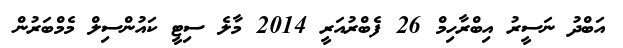
އަބްދު ނަސީރު އިބްރާހިމް 26 ފެބްރުއަރީ 2014 މާލެ ސިޓީ ކައުންސިލް މެމްބަރުން